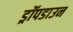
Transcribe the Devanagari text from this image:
ड्रॉपडाउन